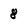
Character: 8